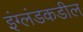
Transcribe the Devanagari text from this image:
इंग्लंडकडील